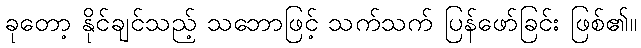
ခုတော့ နိုင်ချင်သည့် သဘောဖြင့် သက်သက် ပြန်ဖော်ခြင်း ဖြစ်၏။